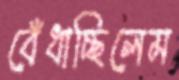
বেঁধাচ্ছিলেম